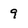
Character: 9